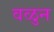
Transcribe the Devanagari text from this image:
वळुन